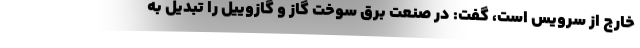
خارج از سرویس است، گفت: در صنعت برق سوخت گاز و گازوییل را تبدیل به